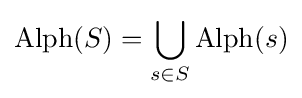
\operatorname {Alph} (S)=\bigcup _{s\in S}\operatorname {Alph} (s)